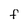
Character: f